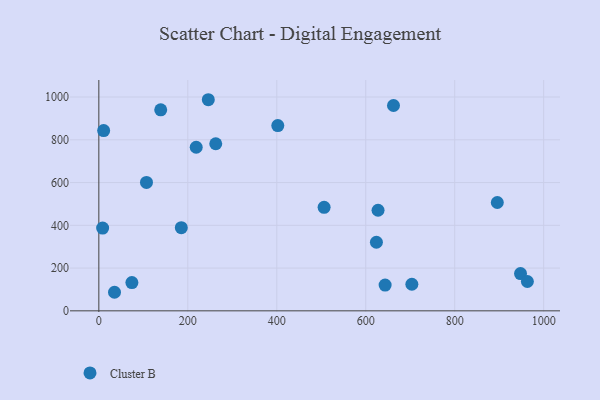
{"axis": {"x": "Distance", "y": "Sales"}, "legend": ["Cluster B"], "data": [{"x": "218.9", "y": 765.0, "type": "Cluster B"}, {"x": "624.0", "y": 320.8, "type": "Cluster B"}, {"x": "402.3", "y": 866.6, "type": "Cluster B"}, {"x": "506.4", "y": 484.2, "type": "Cluster B"}, {"x": "948.0", "y": 174.1, "type": "Cluster B"}, {"x": "107.1", "y": 600.6, "type": "Cluster B"}, {"x": "643.6", "y": 120.3, "type": "Cluster B"}, {"x": "74.3", "y": 132.1, "type": "Cluster B"}, {"x": "185.4", "y": 389.0, "type": "Cluster B"}, {"x": "246.1", "y": 987.4, "type": "Cluster B"}, {"x": "627.7", "y": 470.4, "type": "Cluster B"}, {"x": "895.8", "y": 506.8, "type": "Cluster B"}, {"x": "262.8", "y": 781.6, "type": "Cluster B"}, {"x": "8.5", "y": 387.2, "type": "Cluster B"}, {"x": "10.8", "y": 842.9, "type": "Cluster B"}, {"x": "963.4", "y": 137.1, "type": "Cluster B"}, {"x": "703.7", "y": 124.3, "type": "Cluster B"}, {"x": "139.1", "y": 940.1, "type": "Cluster B"}, {"x": "35.2", "y": 86.8, "type": "Cluster B"}, {"x": "662.4", "y": 960.4, "type": "Cluster B"}]}